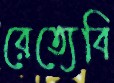
রেত্যেবি